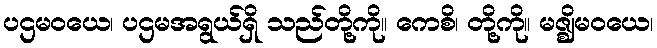
ပဌမဝယေ၊ ပဌမအရွယ်ရှိ သည်တို့ကို။ ကေစိ၊ တို့ကို။ မဇ္ဈိမဝယေ၊